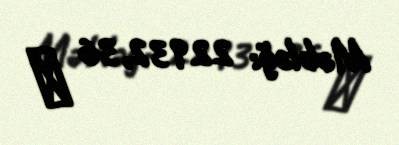
Məbləğ: 22932,36 ₼